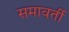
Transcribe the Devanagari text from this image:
समावर्ती